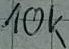
Text: 10k